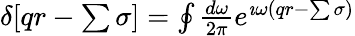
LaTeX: \begin{array}{r}{\delta[qr-\sum\sigma]=\oint\frac{d\omega}{2\pi}e^{\imath\omega\left(qr-\sum\sigma\right)}}\end{array}